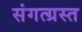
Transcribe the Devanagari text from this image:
संगत्ग्रस्त